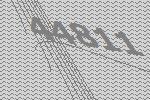
44811